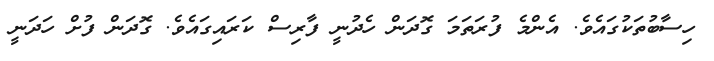
ހިސާބުތަކުގައެވެ. އެންމެ ފުރަތަމަ ގޮދަން ހެެދުނީ ފާރިސް ކަރައިގައެވެ. ގޮދަން ފުށް ހަދަނީ